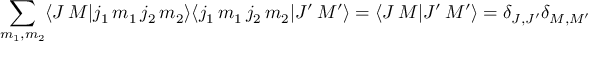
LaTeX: \sum _ { m _ { 1 } , m _ { 2 } } \langle J \, M | j _ { 1 } \, m _ { 1 } \, j _ { 2 } \, m _ { 2 } \rangle \langle j _ { 1 } \, m _ { 1 } \, j _ { 2 } \, m _ { 2 } | J ^ { \prime } \, M ^ { \prime } \rangle = \langle J \, M | J ^ { \prime } \, M ^ { \prime } \rangle = \delta _ { J , J ^ { \prime } } \delta _ { M , M ^ { \prime } }